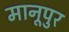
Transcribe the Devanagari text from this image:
मानूपुर